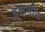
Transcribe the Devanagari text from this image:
इन्द्रमीण